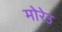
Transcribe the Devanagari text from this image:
मोरेउ